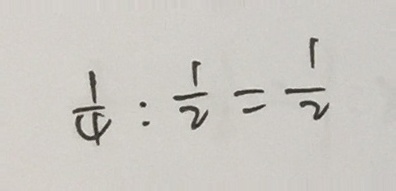
\frac { 1 } { 4 } : \frac { 1 } { 2 } = \frac { 1 } { 2 }